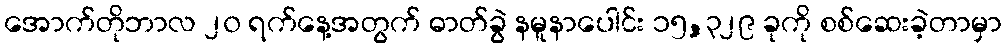
အောက်တိုဘာလ ၂၀ ရက်နေ့အတွက် ဓာတ်ခွဲ နမူနာပေါင်း ၁၅,၃၂၉ ခုကို စစ်ဆေးခဲ့တာမှာ